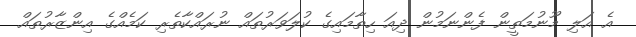
އެ އަލި މޫނުމަތީން ފެންނަމުން ދިއަ ހިތާމައިގެ ކުލަވަރުތައް ނުރައްކާތެރި ކަމެއްގެ އިންޒާރުތައް